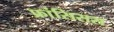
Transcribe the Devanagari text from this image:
फ्रांसिसस